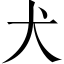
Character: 犬